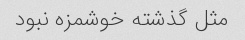
مثل گذشته خوشمزه نبود